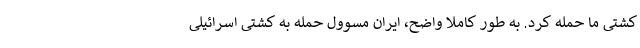
کشتی ما حمله کرد. به طور کاملا واضح، ایران مسوول حمله به کشتی اسرائیلی